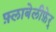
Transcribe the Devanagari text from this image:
फ़्लाबेलीफ़ेर्